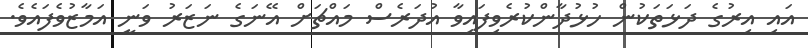
އައި އިރުގެ ދަޅަތަކުން ހުޅުދާންކުރެވިފައިވާ އުދަރެސް މައްޗަށް އޭނަގެ ނަޒަރު ވަނީ އަމާޒުވެފައެވެ.